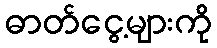
ဓာတ်ငွေ့များကို